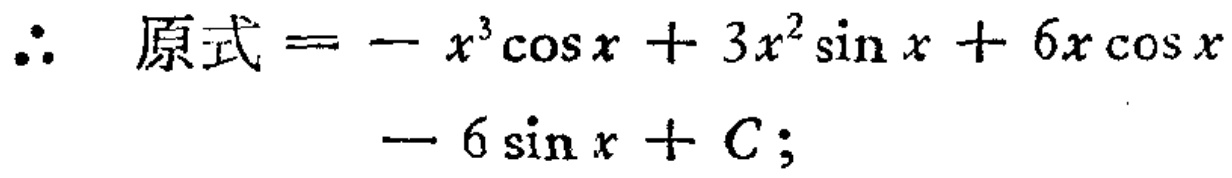
\(\therefore \text{原式}=-x^{3}\cos x + 3x^{2}\sin x+6x\cos x - 6\sin x + C;\)